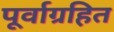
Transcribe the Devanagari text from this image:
पूर्वाग्रहित